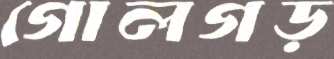
গোলগড়